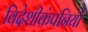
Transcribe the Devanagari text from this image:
विदेशीकंपनियों